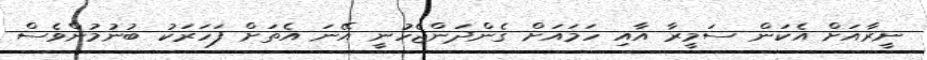
ނީރާއަށް އެކަން ސަމީރާ އާއި ހަމައަށް ގެންދަންޖެހުނީ އޭނަ އެތަށް ފަހަރަކު ބުނުމުންވެސް